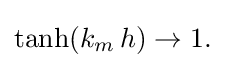
{\tanh(k_{m}\,h)\to 1.}